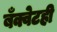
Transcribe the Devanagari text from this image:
बँक्वेटही